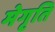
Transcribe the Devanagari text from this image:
मेगृति